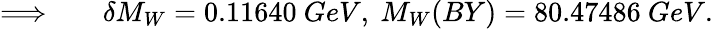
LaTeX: \begin{array}{rlr}{\Longrightarrow}&{{}}&{\delta M_{W}=0.11640\ GeV,\ M_{W}(BY)=80.47486\ GeV.}\end{array}